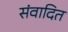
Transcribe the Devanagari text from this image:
संवादित